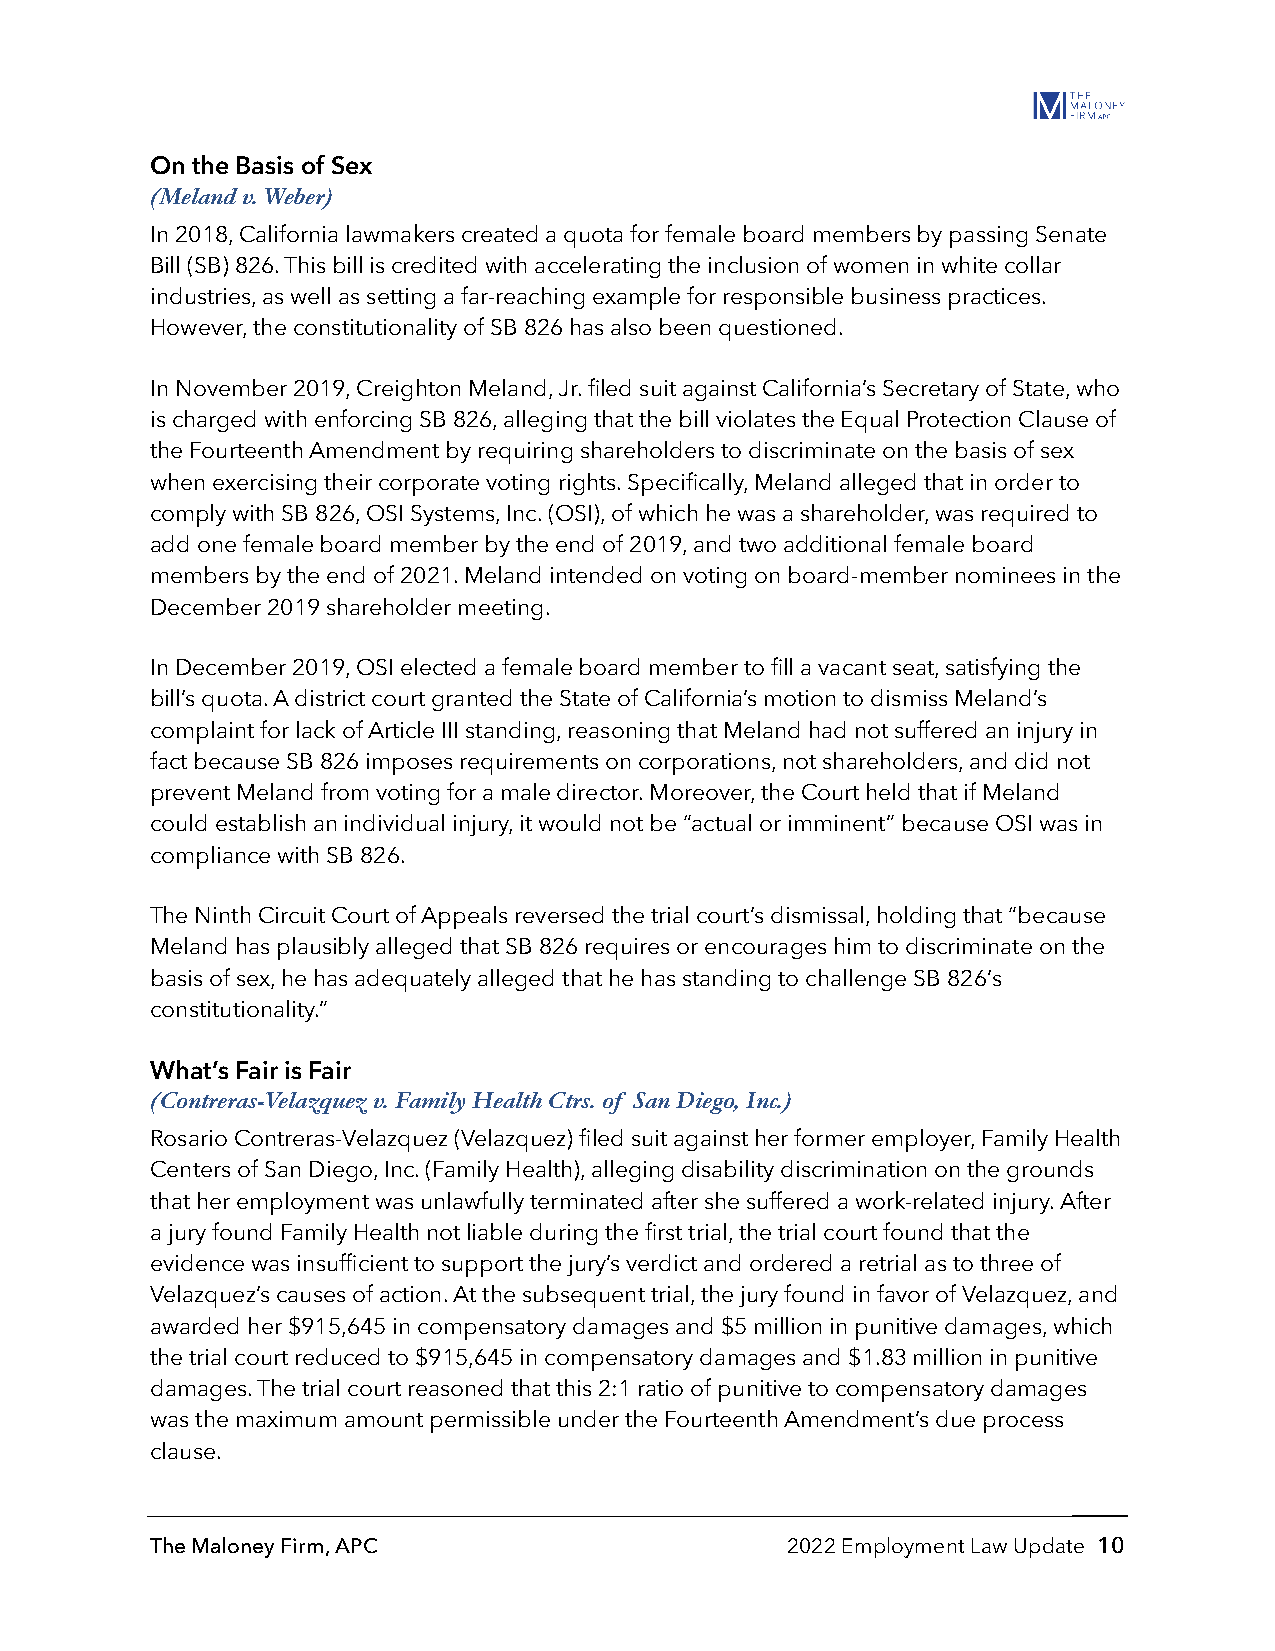
On the Basis of Sex
 (Meland v. Weber)
 In 2018, California lawmakers created a quota for female board members by passing Senate
 Bill (SB) 826. This bill is credited with accelerating the inclusion of women in white collar
 industries, as well as setting a far-reaching example for responsible business practices.
 However, the constitutionality of SB 826 has also been questioned.
 In November 2019, Creighton Meland, Jr. filed suit against California’s Secretary of State, who
 is charged with enforcing SB 826, alleging that the bill violates the Equal Protection Clause of
 the Fourteenth Amendment by requiring shareholders to discriminate on the basis of sex
 when exercising their corporate voting rights. Specifically, Meland alleged that in order to
 comply with SB 826, OSI Systems, Inc. (OSI), of which he was a shareholder, was required to
 add one female board member by the end of 2019, and two additional female board
 members by the end of 2021. Meland intended on voting on board-member nominees in the
 December 2019 shareholder meeting.
 In December 2019, OSI elected a female board member to fill a vacant seat, satisfying the
 bill’s quota. A district court granted the State of California’s motion to dismiss Meland’s
 complaint for lack of Article III standing, reasoning that Meland had not suffered an injury in
 fact because SB 826 imposes requirements on corporations, not shareholders, and did not
 prevent Meland from voting for a male director. Moreover, the Court held that if Meland
 could establish an individual injury, it would not be “actual or imminent” because OSI was in
 compliance with SB 826.
 The Ninth Circuit Court of Appeals reversed the trial court’s dismissal, holding that “because
 Meland has plausibly alleged that SB 826 requires or encourages him to discriminate on the
 basis of sex, he has adequately alleged that he has standing to challenge SB 826’s
 constitutionality.”
 What’s Fair is Fair
 (Contreras-Velazquez v. Family Health Ctrs. of San Diego, Inc.)
 Rosario Contreras-Velazquez (Velazquez) filed suit against her former employer, Family Health
 Centers of San Diego, Inc. (Family Health), alleging disability discrimination on the grounds
 that her employment was unlawfully terminated after she suffered a work-related injury. After
 a jury found Family Health not liable during the first trial, the trial court found that the
 evidence was insufficient to support the jury’s verdict and ordered a retrial as to three of
 Velazquez’s causes of action. At the subsequent trial, the jury found in favor of Velazquez, and
 awarded her $915,645 in compensatory damages and $5 million in punitive damages, which
 the trial court reduced to $915,645 in compensatory damages and $1.83 million in punitive
 damages. The trial court reasoned that this 2:1 ratio of punitive to compensatory damages
 was the maximum amount permissible under the Fourteenth Amendment’s due process
 clause.
 The Maloney Firm, APC                     2022 Employment Law Update 10